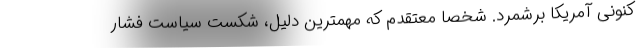
کنونی آمریکا برشمرد. شخصا معتقدم که مهمترین دلیل، شکست سیاست فشار